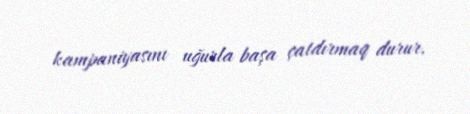
kampaniyasını uğurla başa çatdırmaq durur.